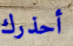
أحذرك